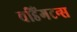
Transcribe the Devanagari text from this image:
वडिंगटन्स